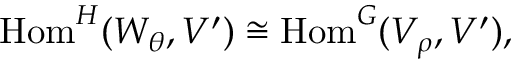
{ \mathrm { H o m } } ^ { H } ( W _ { \theta } , V ^ { \prime } ) \cong { \mathrm { H o m } } ^ { G } ( V _ { \rho } , V ^ { \prime } ) ,